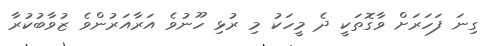
ގިނަ ފަހަރަށް ވާގޮތަކީ ދެ މީހަކު މި ރުޅި ހޫނުވެ އަރާއަރުންވެ ޒުވާބުކުރާ